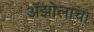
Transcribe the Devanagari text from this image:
ॲझोलाचा